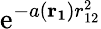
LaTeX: \mathrm{e}^{-a(\mathbf{{r_{1}}})r_{12}^{2}}